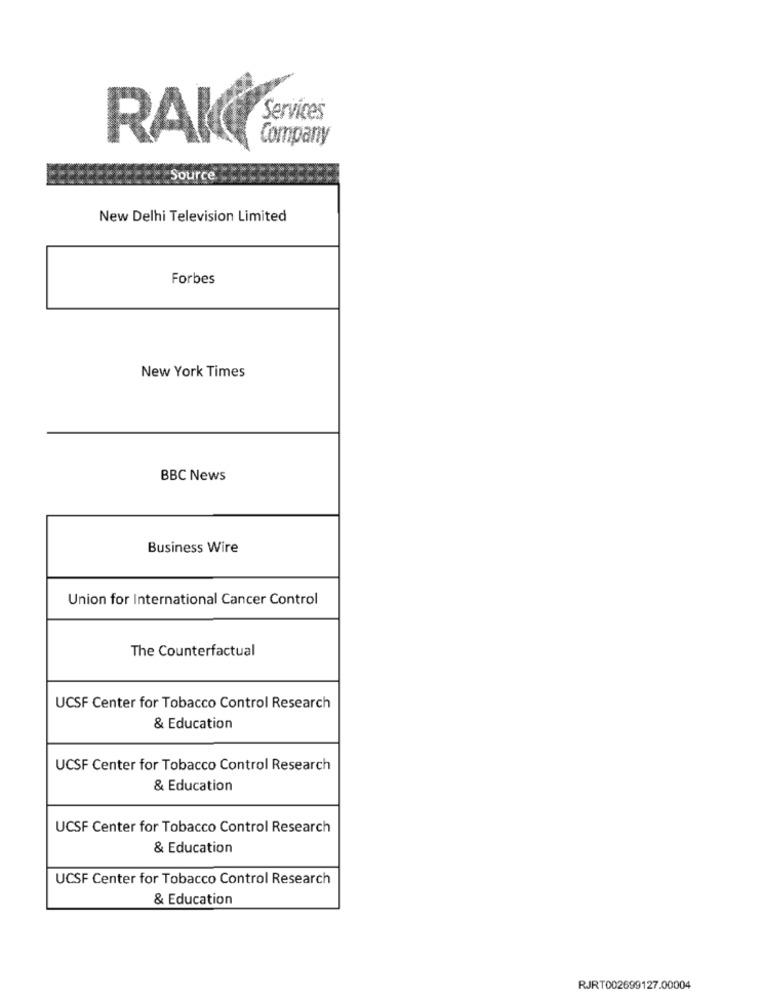
Services
RAK
Company
Source
New Delhi Television Limited
Forbes
New York Times
BBC News
Business Wire
Union for International Cancer Control
The Counterfactual
UCSF Center for Tobacco Control Research
& Education
UCSF Center for Tobacco Control Research
& Education
UCSF Center for Tobacco Control Research
& Education
UCSF Center for Tobacco Control Research
& Education
RJRT002699127.00004